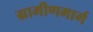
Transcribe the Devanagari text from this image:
ग्रामीणमार्ग